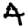
Digit: 4